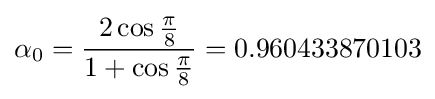
\alpha _{0}={\frac {2\cos {\frac {\pi }{8}}}{1+\cos {\frac {\pi }{8}}}}=0.960433870103